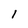
Character: 1